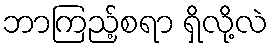
ဘာကြည့်စရာ ရှိလို့လဲ